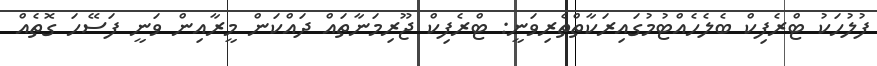
ފުލުހަކު ޓްރެފިކް ބެލެހެއްޓުމުގައިރަކާތްތެރިވަނީ: ޓްރެފިކް ޖޫރިމަނާތައް ދައްކަން މީރާއިން ވަނީ ފަސޭހަ ގޮތެއް